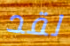
لقد